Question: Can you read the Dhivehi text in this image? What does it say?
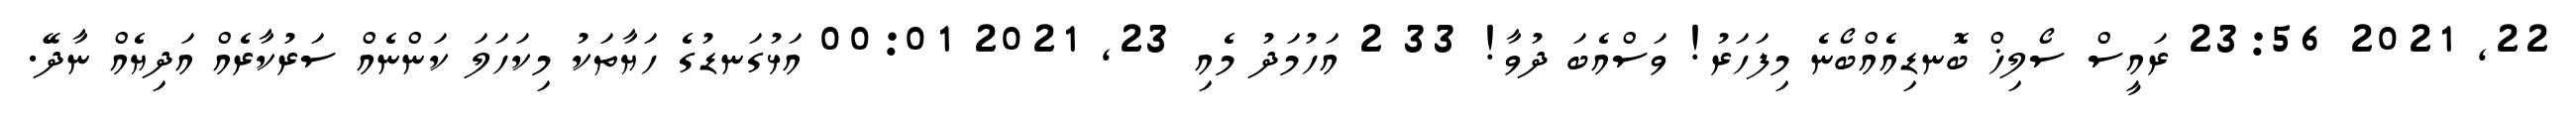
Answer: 22, 2021 23:56 ރައީސް ސޯލިޚް ބޮނޑިއެއްބޯނެ މިފަހަރު! ވަސްއެބަ ދުވާ! 33 2 އަހުމަދު މެއި 23, 2021 00:01 އަޅުގަނޑުގެ ހަޔާތަކު މިކަހަލަ ކަންނެއް ސަރުކާރެއް އަދިޔެއް ނާދޭ.